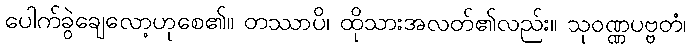
ပေါက်ခွဲချေလော့ဟုစေ၏။ တဿာပိ၊ ထိုသားအလတ်၏လည်း။ သုဝဏ္ဏပဗ္ဗတံ၊